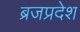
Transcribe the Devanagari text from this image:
ब्रजप्रदेश